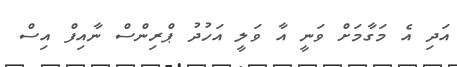
އަދި އެ މަގާމަށް ވަނީ އާ ވަލީ އަހުދު ޕްރިންސް ނާއިފް އިސް